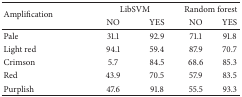
<table><thead><tr><td rowspan="2"><b>Amplification</b></td><td colspan="2"><b>LibSVM</b></td><td colspan="2"><b>Random forest</b></td></tr><tr><td><b>NO</b></td><td><b>YES</b></td><td><b>NO</b></td><td><b>YES</b></td></tr></thead><tbody><tr><td>Pale</td><td>31.1</td><td>92.9</td><td>71.1</td><td>91.8</td></tr><tr><td>Light red</td><td>94.1</td><td>59.4</td><td>87.9</td><td>70.7</td></tr><tr><td>Crimson</td><td>5.7</td><td>84.5</td><td>68.6</td><td>85.3</td></tr><tr><td>Red</td><td>43.9</td><td>70.5</td><td>57.9</td><td>83.5</td></tr><tr><td>Purplish</td><td>47.6</td><td>91.8</td><td>55.5</td><td>93.3</td></tr></tbody></table>